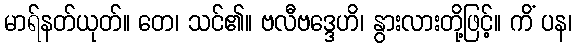
မာရ်နတ်ယုတ်။ တေ၊ သင်၏။ ဗလီဗဒ္ဒေဟိ၊ နွားလားတို့ဖြင့်။ ကိံ ပန၊